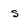
Character: s